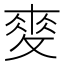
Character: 𢾶